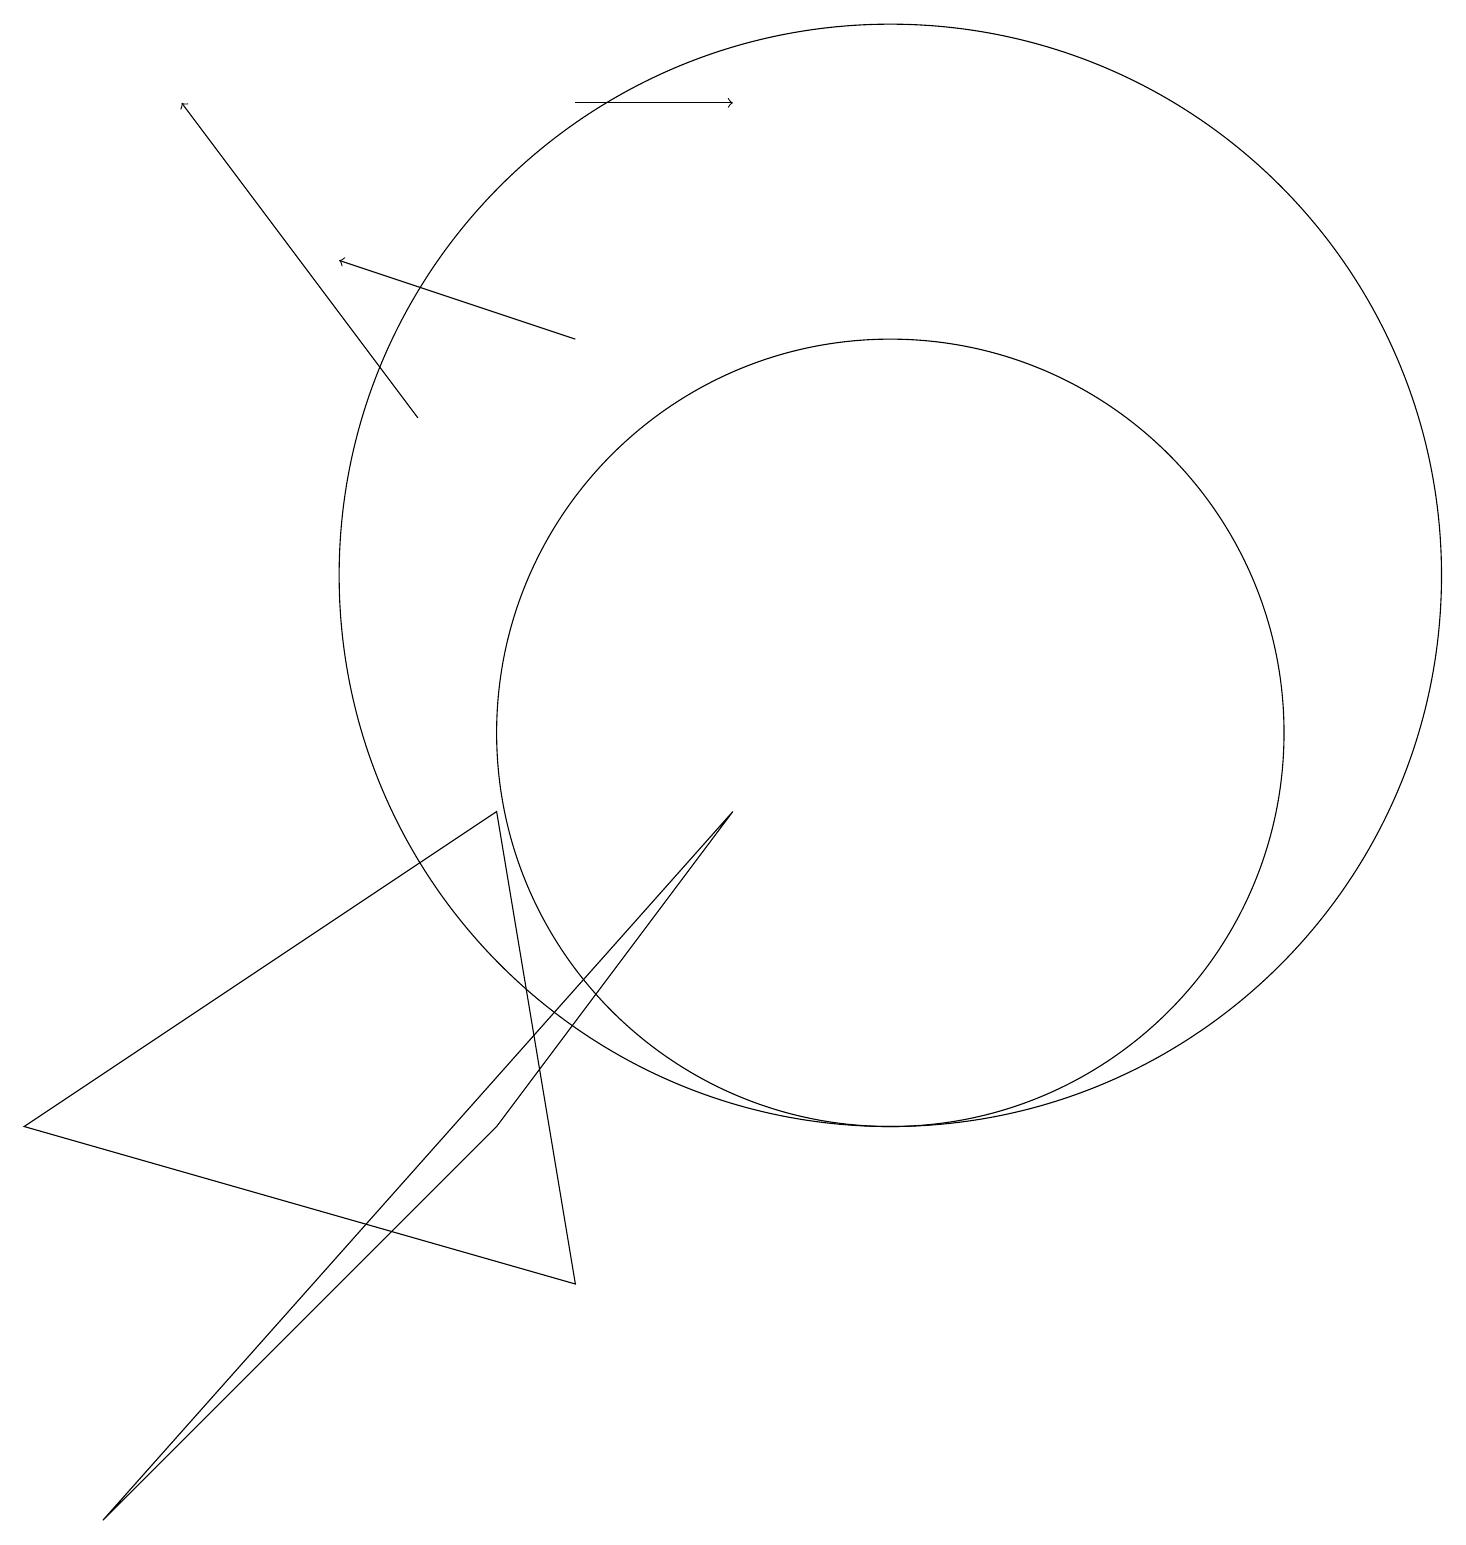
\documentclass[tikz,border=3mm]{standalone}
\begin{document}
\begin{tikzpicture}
\draw (11,10) circle (5);
\draw[->] (7,15) -- (4,16);
\draw (0,5) -- (6,9) -- (7,3) -- cycle;
\draw (6,5) -- (1,0) -- (9,9) -- cycle;
\draw[->] (7,18) -- (9,18);
\draw (11,12) circle (7);
\draw[->] (5,14) -- (2,18);
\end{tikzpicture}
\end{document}